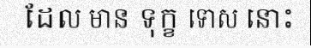
ដែល មាន ទុក្ខ ទោស នោះ